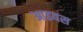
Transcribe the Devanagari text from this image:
आइवस